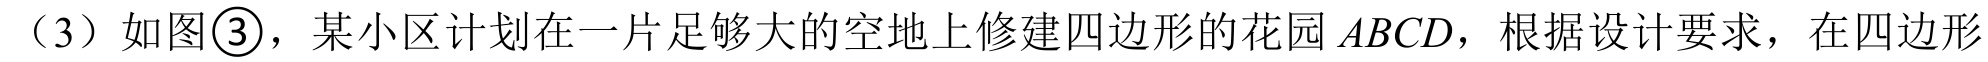
（3）如图\textcircled{3}，某小区计划在一片足够大的空地上修建四边形的花园\(ABCD\)，根据设计要求，在四边形